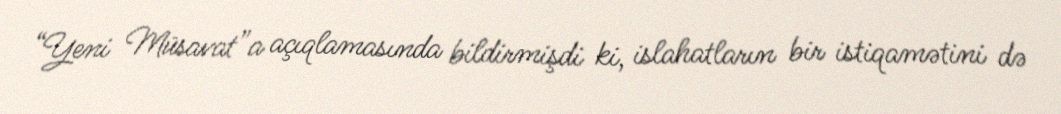
“Yeni Müsavat”a açıqlamasında bildirmişdi ki, islahatların bir istiqamətini də